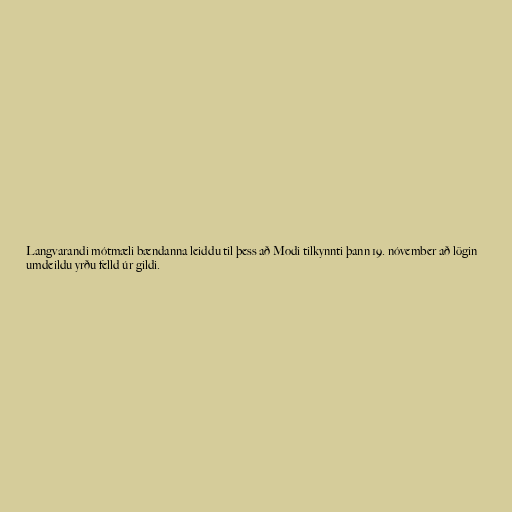
Langvarandi mótmæli bændanna leiddu til þess að Modi tilkynnti þann 19. nóvember að lögin
umdeildu yrðu felld úr gildi.